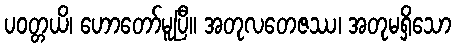
ပဝတ္တယိ၊ ဟောတော်မူပြီ။ အတုလတေဇဿ၊ အတုမရှိသော